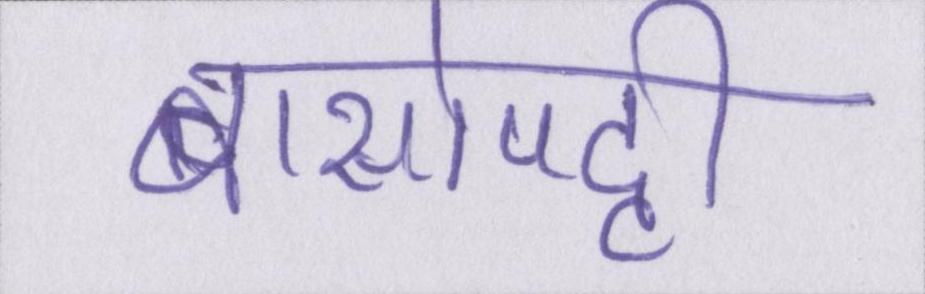
बासोपट्टी